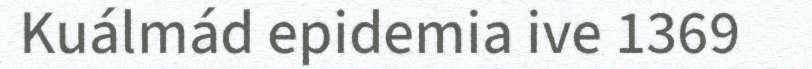
Kuálmád epidemia ive 1369